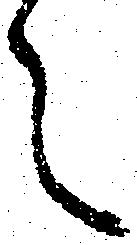
え